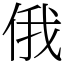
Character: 俄